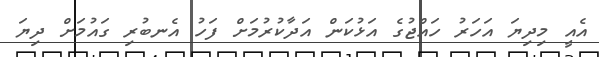
އެއީ މިދިޔަ އަހަރު ހައްޖުގެ އަޅުކަން އަދާކުރުމަށް ފަހު އެނބުރި ގައުމަށް ދިޔަ